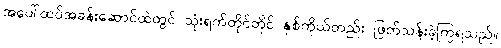
အပေါ်ထပ်အခန်းဆောင်ထဲတွင် သုံးရက်တိုင်တိုင် နှစ်ကိုယ်တည်း ဖြတ်သန်းခဲ့ကြရသည်။